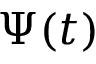
\Psi ( t )